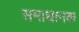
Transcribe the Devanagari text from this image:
समाधानक